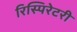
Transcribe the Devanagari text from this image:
रिस्पिरेटरी